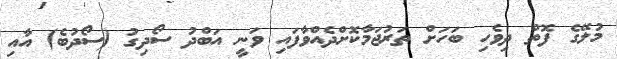
މުލޭގެ ފޮތް ދިވެހި ބަހަށް ތަރުޖަމާކޮށްދެއްވާފައި ވަނީ އަބްދު ސޯދިގު (ސޯދުބެ) އާއި